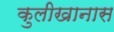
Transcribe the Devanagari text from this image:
कुलीखानास